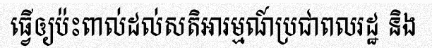
ធ្វើឲ្យប៉ះពាល់ដល់សតិអារម្មណ៍ប្រជាពលរដ្ឋ និង